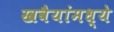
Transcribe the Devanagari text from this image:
खवैयांमध्ये